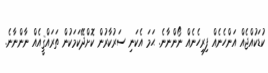
ކުޑަކުއްޖެއް އަންހެނެއް ފިރިހެނެއް ނޯންނާނެ. ޙަމަ އެކަނި ސަރުކާރުން ކޮށްދޭކަމަކުން ތަރައްޤީއެއް ނާންނާނެ.